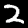
Label: 2